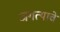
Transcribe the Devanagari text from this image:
जगत्याचे